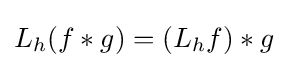
L_{h}(f*g)=(L_{h}f)*g